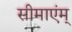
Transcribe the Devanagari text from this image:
सीमाएंम्